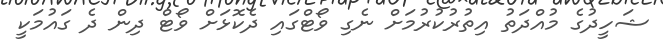
ޝަހީދުގެ މުއްދަތު އިތުރުކުރުމަށް ނެގި ވޯޓްގައި ދެކޮޅަށް ވޯޓް ދިން ދެ ގައުމަކީ